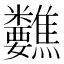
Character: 𥾀